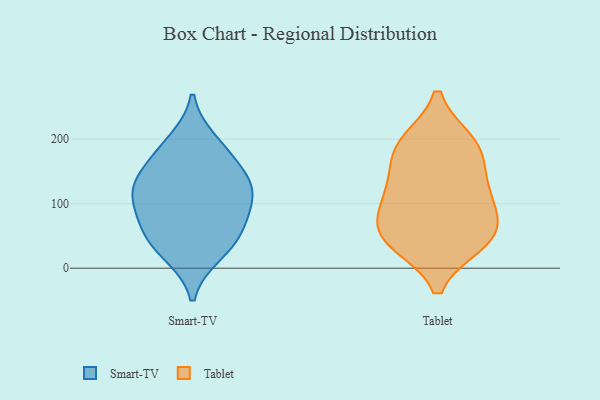
{"axis": {"x": "Population (Million)", "y": "Value"}, "legend": ["Smart-TV", "Tablet"], "data": [{"x": "", "y": 123, "type": "Smart-TV"}, {"x": "", "y": 82, "type": "Smart-TV"}, {"x": "", "y": 155, "type": "Smart-TV"}, {"x": "", "y": 130, "type": "Smart-TV"}, {"x": "", "y": 59, "type": "Smart-TV"}, {"x": "", "y": 197, "type": "Smart-TV"}, {"x": "", "y": 32, "type": "Smart-TV"}, {"x": "", "y": 22, "type": "Smart-TV"}, {"x": "", "y": 179, "type": "Smart-TV"}, {"x": "", "y": 112, "type": "Smart-TV"}, {"x": "", "y": 63, "type": "Smart-TV"}, {"x": "", "y": 119, "type": "Smart-TV"}, {"x": "", "y": 181, "type": "Tablet"}, {"x": "", "y": 187, "type": "Tablet"}, {"x": "", "y": 51, "type": "Tablet"}, {"x": "", "y": 55, "type": "Tablet"}, {"x": "", "y": 103, "type": "Tablet"}, {"x": "", "y": 42, "type": "Tablet"}, {"x": "", "y": 193, "type": "Tablet"}, {"x": "", "y": 115, "type": "Tablet"}, {"x": "", "y": 51, "type": "Tablet"}, {"x": "", "y": 125, "type": "Tablet"}]}